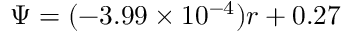
\Psi = ( - 3 . 9 9 \times 1 0 ^ { - 4 } ) r + 0 . 2 7